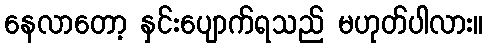
နေလာတော့ နှင်းပျောက်ရသည် မဟုတ်ပါလား။